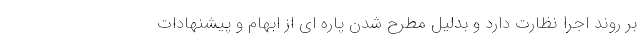
بر روند اجرا نظارت دارد و بدلیل مطرح شدن پاره ای از ابهام و پیشنهادات